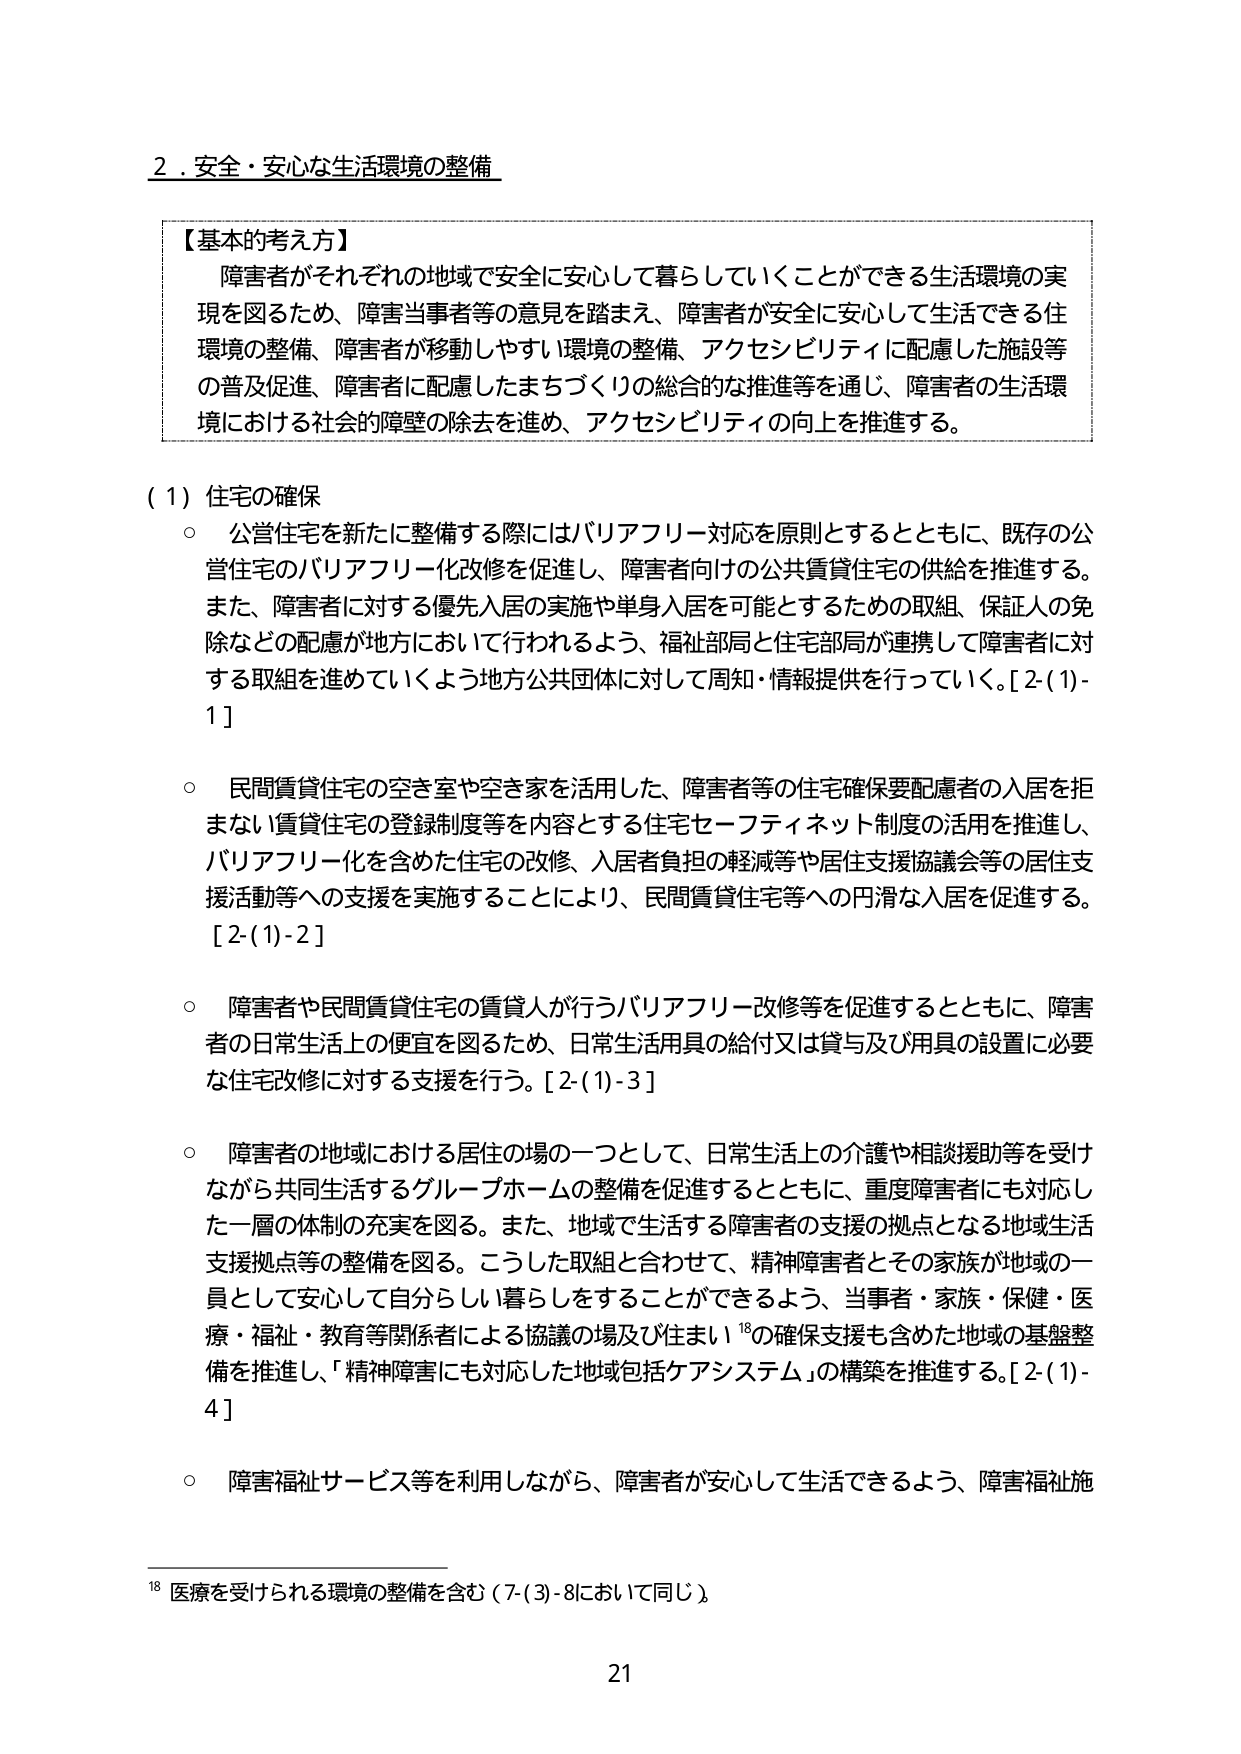
2．安全・安心な生活環境の整備

【基本的考え方】
障害者がそれぞれの地域で安全に安心して暮らしていくことができる生活環境の実現を図るため、障害当事者等の意見を踏まえ、障害者が安全に安心して生活できる住環境の整備、障害者が移動しやすい環境の整備、アクセシビリティに配慮した施設等の普及促進、障害者に配慮したまちづくりの総合的な推進等を通じ、障害者の生活環境における社会的障壁の除去を進め、アクセシビリティの向上を推進する。

（1）住宅の確保
○ 公営住宅を新たに整備する際にはバリアフリー対応を原則とするとともに、既存の公営住宅のバリアフリー化改修を促進し、障害者向けの公共賃貸住宅の供給を推進する。また、障害者に対する優先入居の実施や単身入居を可能とするための取組、保証人の免除などの配慮が地方において行われるよう、福祉部局と住宅部局が連携して障害者に対する取組を進めていくよう地方公共団体に対して周知・情報提供を行っていく。[2-(1)-1]

○ 民間賃貸住宅の空き室や空き家を活用した、障害者等の住宅確保要配慮者の入居を拒まない賃貸住宅の登録制度等を内容とする住宅セーフティネット制度の活用を推進し、バリアフリー化を含めた住宅の改修、入居者負担の軽減等や居住支援協議会等の居住支援活動等への支援を実施することにより、民間賃貸住宅等への円滑な入居を促進する。[2-(1)-2]

○ 障害者や民間賃貸住宅の賃貸人が行うバリアフリー改修等を促進するとともに、障害者の日常生活上の便宜を図るため、日常生活用具の給付又は貸与及び用具の設置に必要な住宅改修に対する支援を行う。[2-(1)-3]

○ 障害者の地域における居住の場の一つとして、日常生活上の介護や相談援助等を受けながら共同生活するグループホームの整備を促進するとともに、重度障害者にも対応した一層の体制の充実を図る。また、地域で生活する障害者の支援の拠点となる地域生活支援拠点等の整備を図る。こうした取組と合わせて、精神障害者とその家族が地域の一員として安心して自分らしい暮らしをすることができるよう、当事者・家族・保健・医療・福祉・教育等関係者による協議の場及び住まい¹⁸の確保支援も含めた地域の基盤整備を推進し、「精神障害にも対応した地域包括ケアシステム」の構築を推進する。[2-(1)-4]

○ 障害福祉サービス等を利用しながら、障害者が安心して生活できるよう、障害福祉施

¹⁸ 医療を受けられる環境の整備を含む（7-(3)-8において同じ）。

21